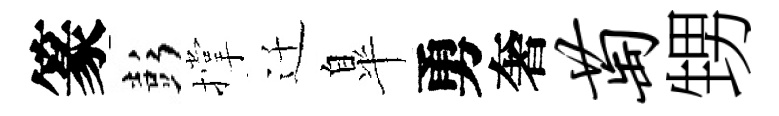
篆彭撑迁臯勇奢萄甥